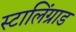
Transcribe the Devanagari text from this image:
स्टालिंग्राड